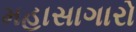
મહાસાગારો